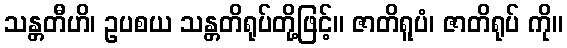
သန္တတီဟိ၊ ဥပစယ သန္တတိရုပ်တို့ဖြင့်။ ဇာတိရူပံ၊ ဇာတိရုပ် ကို။